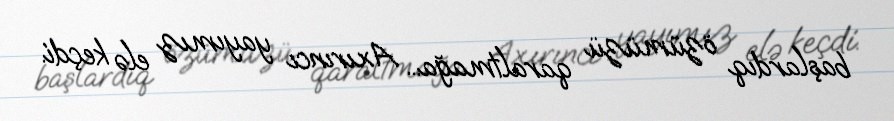
başlardıq özümüzü qaraltmağa... Axırıncı yayımız elə keçdi.